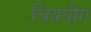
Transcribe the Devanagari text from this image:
चित्रयोग